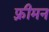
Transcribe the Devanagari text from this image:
फ़्रीमन